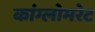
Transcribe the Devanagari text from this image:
कांग्लोमरेट